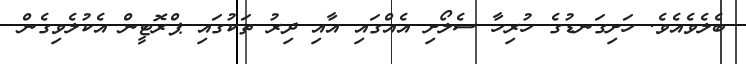
ބެލެވެއެވެ. ހަށިގަނޑުގެ ހުރިހާ ސެލޯށި އެއްގައި އާއި ދިރު ތަކުގައި ޕްރޮޓީން އެކުލެވިގެން